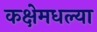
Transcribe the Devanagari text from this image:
कक्षेमधल्या